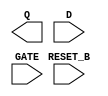
/**
 * Copyright 2020 The SkyWater PDK Authors
 *
 * Licensed under the Apache License, Version 2.0 (the "License");
 * you may not use this file except in compliance with the License.
 * You may obtain a copy of the License at
 *
 *     https://www.apache.org/licenses/LICENSE-2.0
 *
 * Unless required by applicable law or agreed to in writing, software
 * distributed under the License is distributed on an "AS IS" BASIS,
 * WITHOUT WARRANTIES OR CONDITIONS OF ANY KIND, either express or implied.
 * See the License for the specific language governing permissions and
 * limitations under the License.
 *
 * SPDX-License-Identifier: Apache-2.0
 */

`ifndef SKY130_FD_SC_LP__DLRTP_BLACKBOX_V
`define SKY130_FD_SC_LP__DLRTP_BLACKBOX_V

/**
 * dlrtp: Delay latch, inverted reset, non-inverted enable,
 *        single output.
 *
 * Verilog stub definition (black box without power pins).
 *
 * WARNING: This file is autogenerated, do not modify directly!
 */

`timescale 1ns / 1ps
`default_nettype none

(* blackbox *)
module sky130_fd_sc_lp__dlrtp (
    Q      ,
    RESET_B,
    D      ,
    GATE
);

    output Q      ;
    input  RESET_B;
    input  D      ;
    input  GATE   ;

    // Voltage supply signals
    supply1 VPWR;
    supply0 VGND;
    supply1 VPB ;
    supply0 VNB ;

endmodule

`default_nettype wire
`endif  // SKY130_FD_SC_LP__DLRTP_BLACKBOX_V